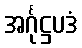
အင်္ဂုဋ္ဌပဒံ